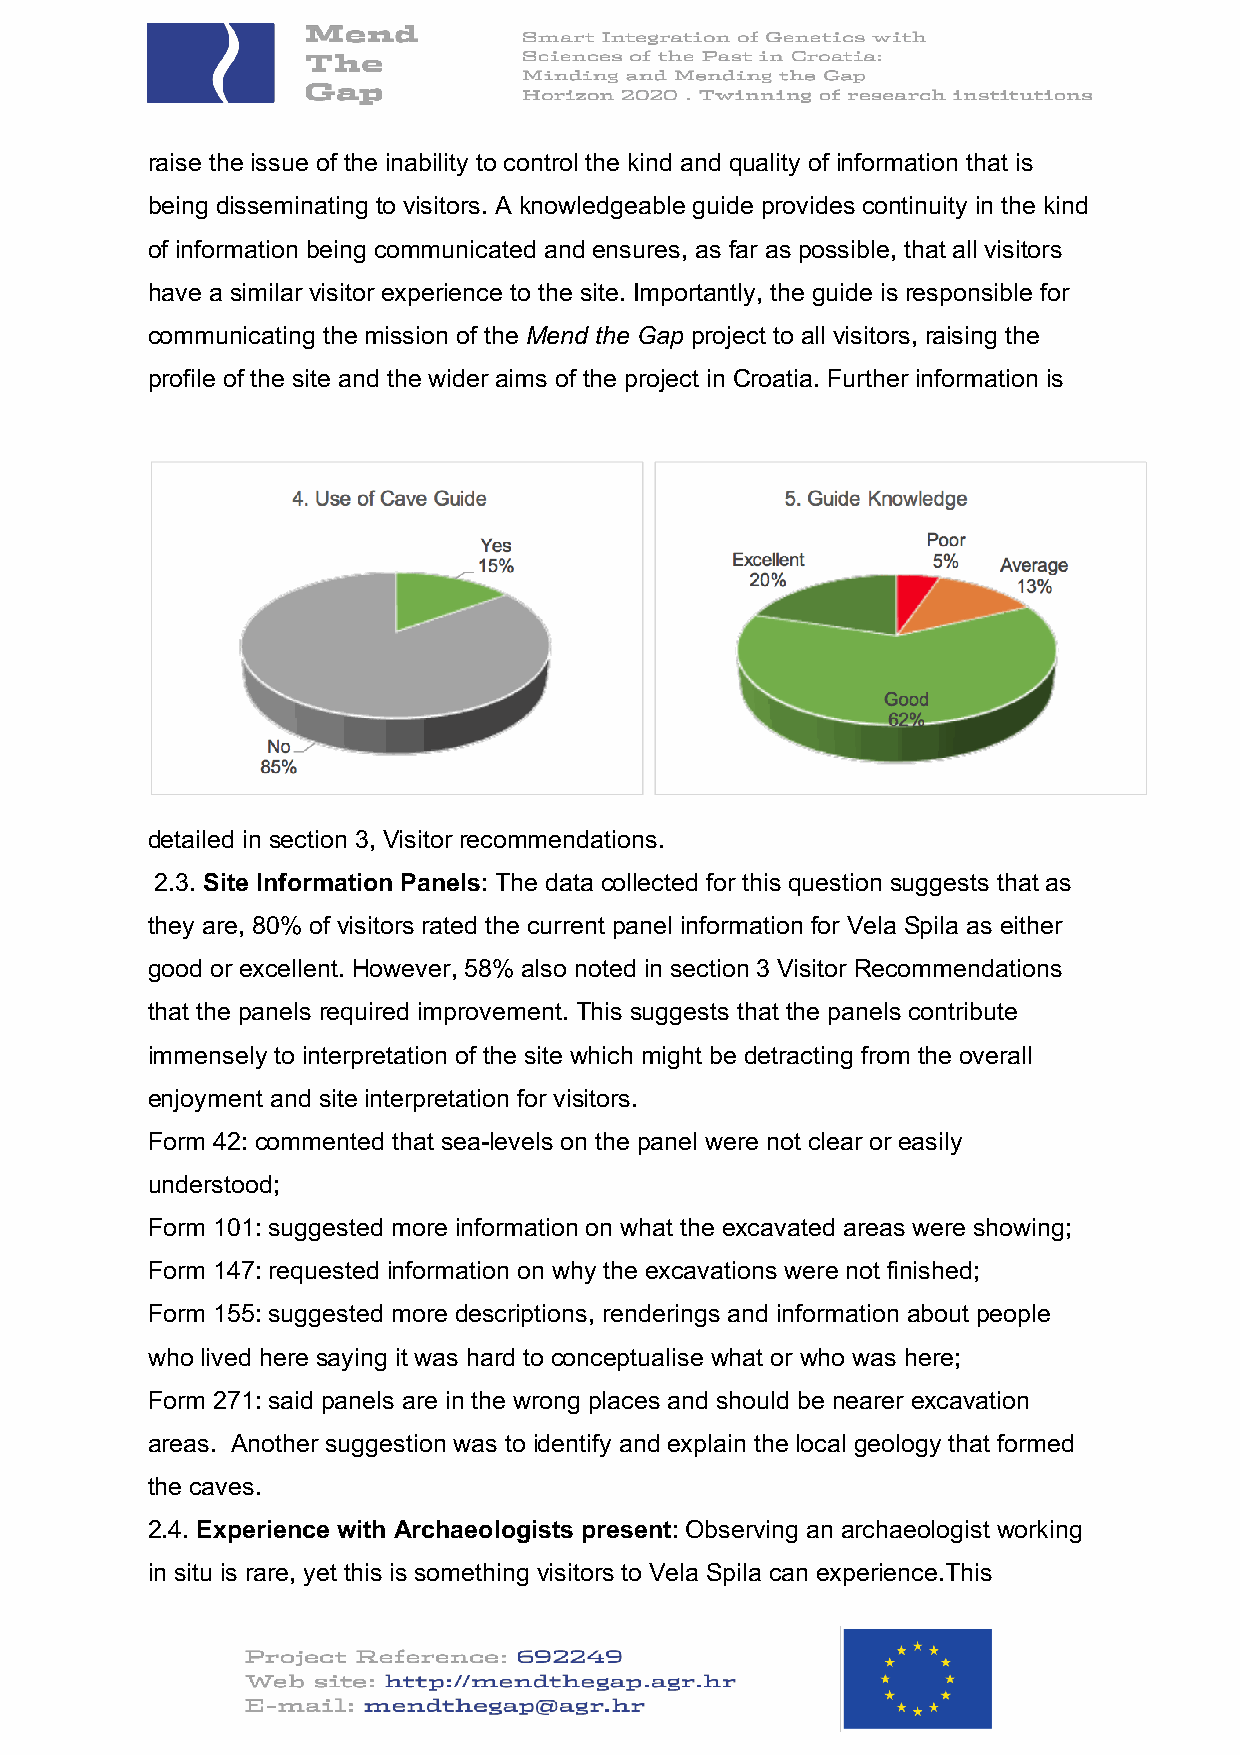
raise the issue of the inability to control the kind and quality of information that is
 being disseminating to visitors. A knowledgeable guide provides continuity in the kind
 of information being communicated and ensures, as far as possible, that all visitors
 have a similar visitor experience to the site. Importantly, the guide is responsible for
 communicating the mission of the Mend the Gap project to all visitors, raising the
 profile of the site and the wider aims of the project in Croatia. Further information is
 detailed in section 3, Visitor recommendations.
 2.3. Site Information Panels: The data collected for this question suggests that as
 they are, 80% of visitors rated the current panel information for Vela Spila as either
 good or excellent. However, 58% also noted in section 3 Visitor Recommendations
 that the panels required improvement. This suggests that the panels contribute
 immensely to interpretation of the site which might be detracting from the overall
 enjoyment and site interpretation for visitors.
 Form 42: commented that sea-levels on the panel were not clear or easily
 understood;
 Form 101: suggested more information on what the excavated areas were showing;
 Form 147: requested information on why the excavations were not finished;
 Form 155: suggested more descriptions, renderings and information about people
 who lived here saying it was hard to conceptualise what or who was here;
 Form 271: said panels are in the wrong places and should be nearer excavation
 areas. Another suggestion was to identify and explain the local geology that formed
 the caves.
 2.4. Experience with Archaeologists present: Observing an archaeologist working
 in situ is rare, yet this is something visitors to Vela Spila can experience.This